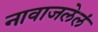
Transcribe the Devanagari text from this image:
नावाजलेलं